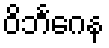
ဝိဘင်္ဂေန